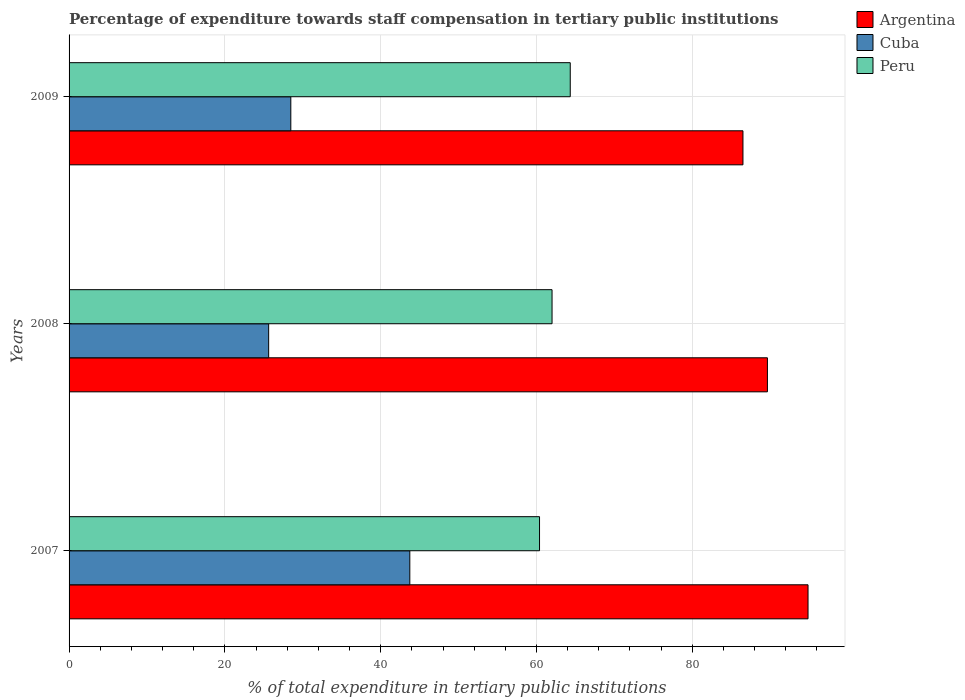
| Years | Argentina | Cuba | Peru |
 | --- | --- | --- | --- |
 | 2007 | 94.9 | 43.7 | 60.4 |
 | 2008 | 89.6 | 25.6 | 62 |
 | 2009 | 86.5 | 28.5 | 64.3 |